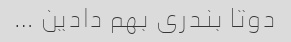
دوتا بندری بهم دادین …